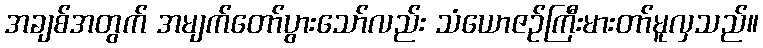
အချစ်အတွက် အမျက်တော်ပွားသော်လည်း သံယောဇဉ်ကြီးမားတာ်မူလှသည်။